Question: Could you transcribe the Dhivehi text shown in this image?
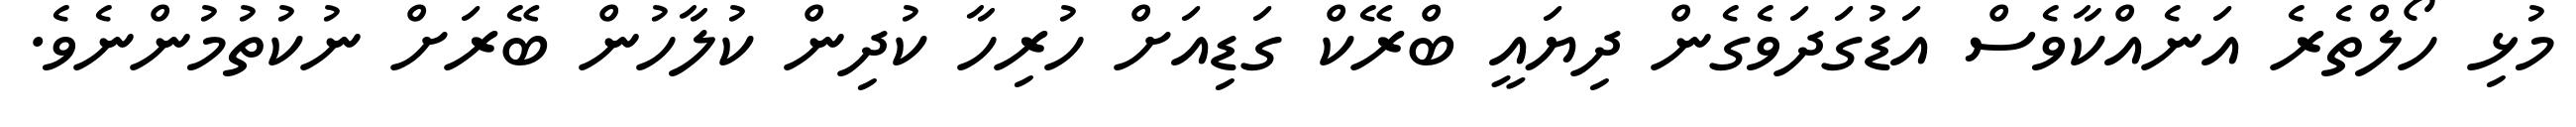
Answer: މުޅި ހޯލްތެރެ އަނެއްކާވެސް އަޑުގަދަވެގެން ދިޔައީ ބްރޭކް ގަޑިއަށް ހުރިހާ ކުދިން ކުލާހުން ބޭރަށް ނުކުތުމުންނެވެ.